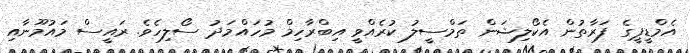
އެމްޑީޕީގެ ފަރާތުން އެކޯލިޝަން ތަމްސީލު ކުރެއްވީ އިބްރާހިމް މުހައްމަދު ސޯލިހެވެ. ރައީސް މައުމޫނާއި